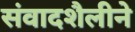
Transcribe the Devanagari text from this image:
संवादशैलीने